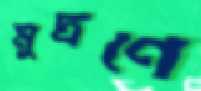
মুদ্রণে